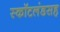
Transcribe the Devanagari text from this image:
स्कॉटलंडसह